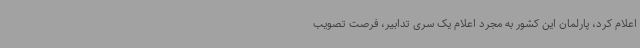
اعلام کرد، پارلمان این کشور به مجرد اعلام یک سری تدابیر، فرصت تصویب